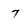
Character: 7